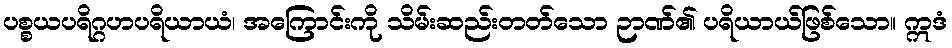
ပစ္စယပရိဂ္ဂဟပရိယာယံ၊ အကြောင်းကို သိမ်းဆည်းတတ်သော ဉာဏ်၏ ပရိယာယ်ဖြစ်သော။ ဣဒံ